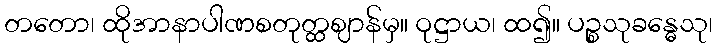
တတော၊ ထိုအာနာပါဏစတုတ္ထဈာန်မှ။ ဝုဋ္ဌာယ၊ ထ၍။ ပဉ္စသုခန္ဓေသု၊